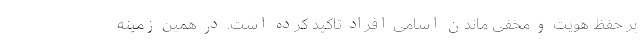
بر حفظ هویت و مخفی ماندن اسامی افراد تاکید کرده است. در همین زمینه